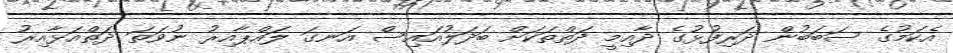
އެކަމުގެ ސަބަބުން ދަރިފުޅުގެ ދާއިމީ ދަތްތަކަށް ބަދަލުއައިސް އަނގަ ލައްޕާއިރު ނުވަތަ ދަތްއަޅާއިރު